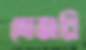
দোজরি